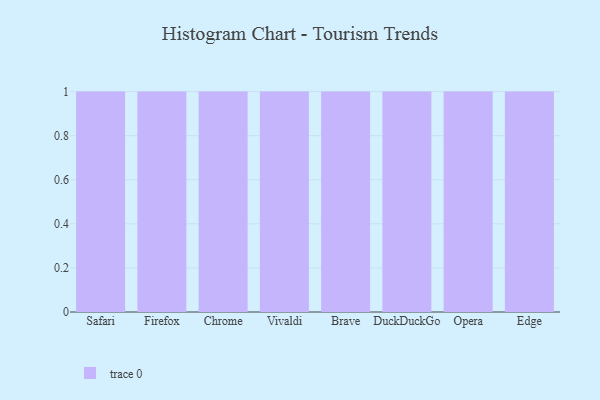
{"axis": {"x": "Browser", "y": "Population (Million)"}, "legend": [""], "data": [{"x": "Safari", "y": 8, "type": ""}, {"x": "Firefox", "y": 77, "type": ""}, {"x": "Chrome", "y": 31, "type": ""}, {"x": "Vivaldi", "y": 99, "type": ""}, {"x": "Brave", "y": 98, "type": ""}, {"x": "DuckDuckGo", "y": 31, "type": ""}, {"x": "Opera", "y": 6, "type": ""}, {"x": "Edge", "y": 77, "type": ""}]}